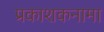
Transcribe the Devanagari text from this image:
प्रकाशकनामा